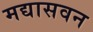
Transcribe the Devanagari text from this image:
मद्यासवन